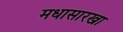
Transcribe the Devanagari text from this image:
मधासारखा